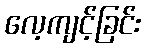
လေ့ကျင့်ခြင်း